system: You are a helpful assistant.
user:
Analyze the provided spectrum to determine if it is a **"Cataclysmic Variables (CV)"**.

- **Key Indicators for CV (Check for either state):**
    - **State 1: Quiescent / Low-State (Emission-Dominated)**
        - **(Primary):** Strong and *very broad* Hydrogen Balmer emission lines (e.g., $H\alpha$ at 6563 Å, $H\beta$ at 4861 Å). The 'broadness' (high velocity dispersion, often FWHM > 1000 km/s) is the key diagnostic, indicating a high-velocity accretion disk.
        - **(Secondary):** Broad neutral Helium (He I) emission lines (e.g., 5876 Å, 6678 Å).
        - **(Key Confirmation):** Presence of high-excitation *ionized* Helium (He II) emission at 4686 Å. This is a strong indicator of accretion onto a white dwarf.
        - **(Line Profile):** Emission lines may exhibit a 'double-peaked' profile, which is a classic signature of a rotating accretion disk viewed at high inclination.

    - **State 2: Outburst / High-State (Absorption-Dominated)**
        - **(Primary):** Spectrum is dominated by a bright, blue continuum (looks like a hot star).
        - **(Secondary):** The emission lines from State 1 are weak, absent, or 'filled in', and are replaced by broad, shallow *absorption* lines (primarily Balmer and He I).
        - **(Morphology):** The overall spectrum mimics a hot B/A-type star. The crucial difference is that the absorption lines are significantly broader, shallower, and more 'washed-out' (or 'smeared') than the sharp lines of a normal stellar photosphere, due to high rotational speeds and pressure broadening in the disk.

Think first, call **spectral_visualization_tool** if needed to examine features in detail, then provide your final answer. Your response must adhere to the following strict rules:
1.  **Overall Structure:** Your response must follow the format `<think>...</think> <tool_call>...</tool_call> (if a tool is used) <answer>...</answer>`.
2.  **Tool Usage Constraint:** You may only make **one** tool call per turn.
3.  **Final Answer Format:** In the `<answer>` tag, your conclusion must be inside a `\boxed{}` command (e.g., `\boxed{YES}`), followed by your justification.

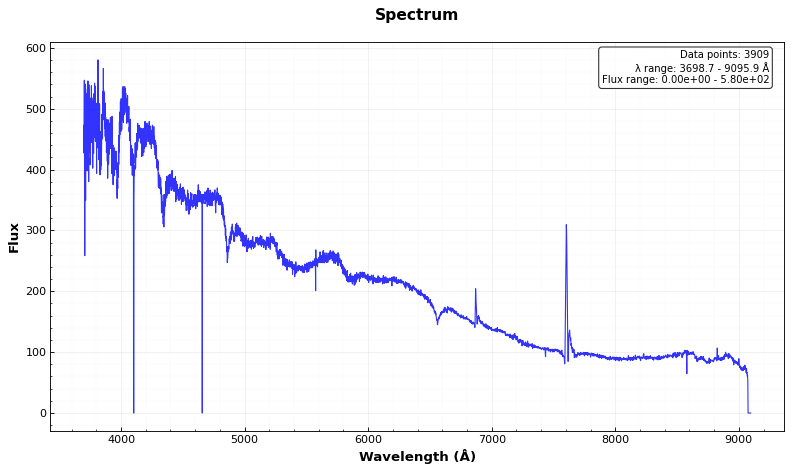
Answer: NO